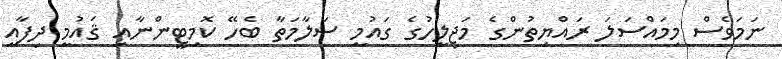
ނަމަވެސް މިމައްސަލަ ރައްޔިތުންގެ މަޖިލީހުގެ ގައުމީ ސަލާމަތާ ބެހޭ ކޮމިޓީންނާއި ޤައުމީ ދިފާއީ